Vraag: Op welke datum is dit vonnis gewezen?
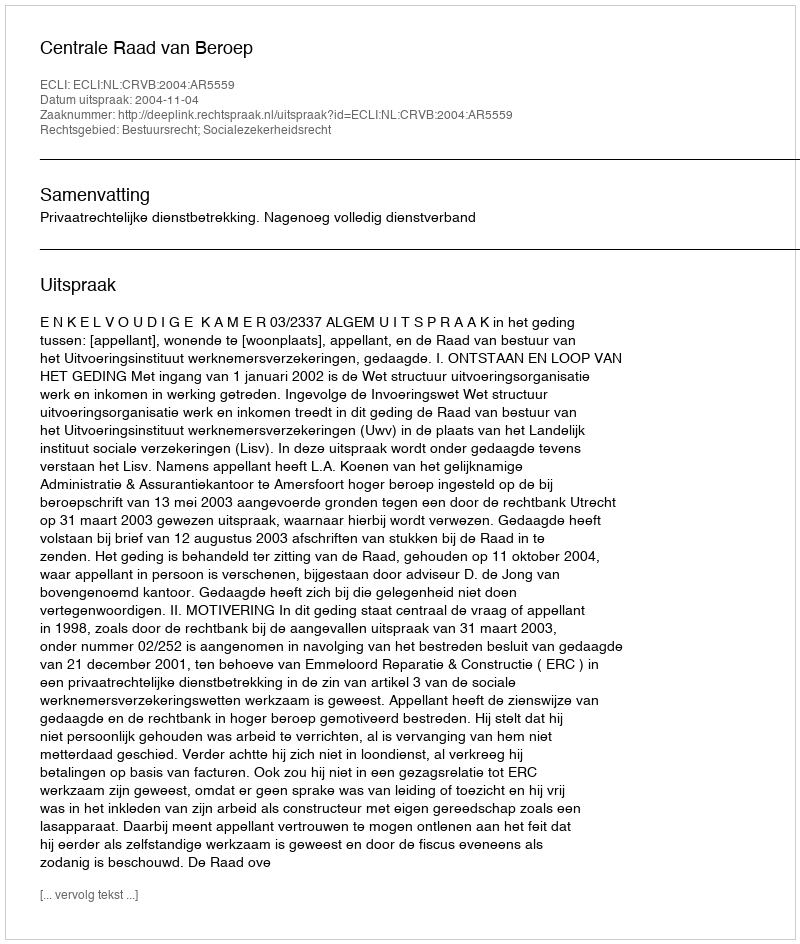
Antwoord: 2004-11-04